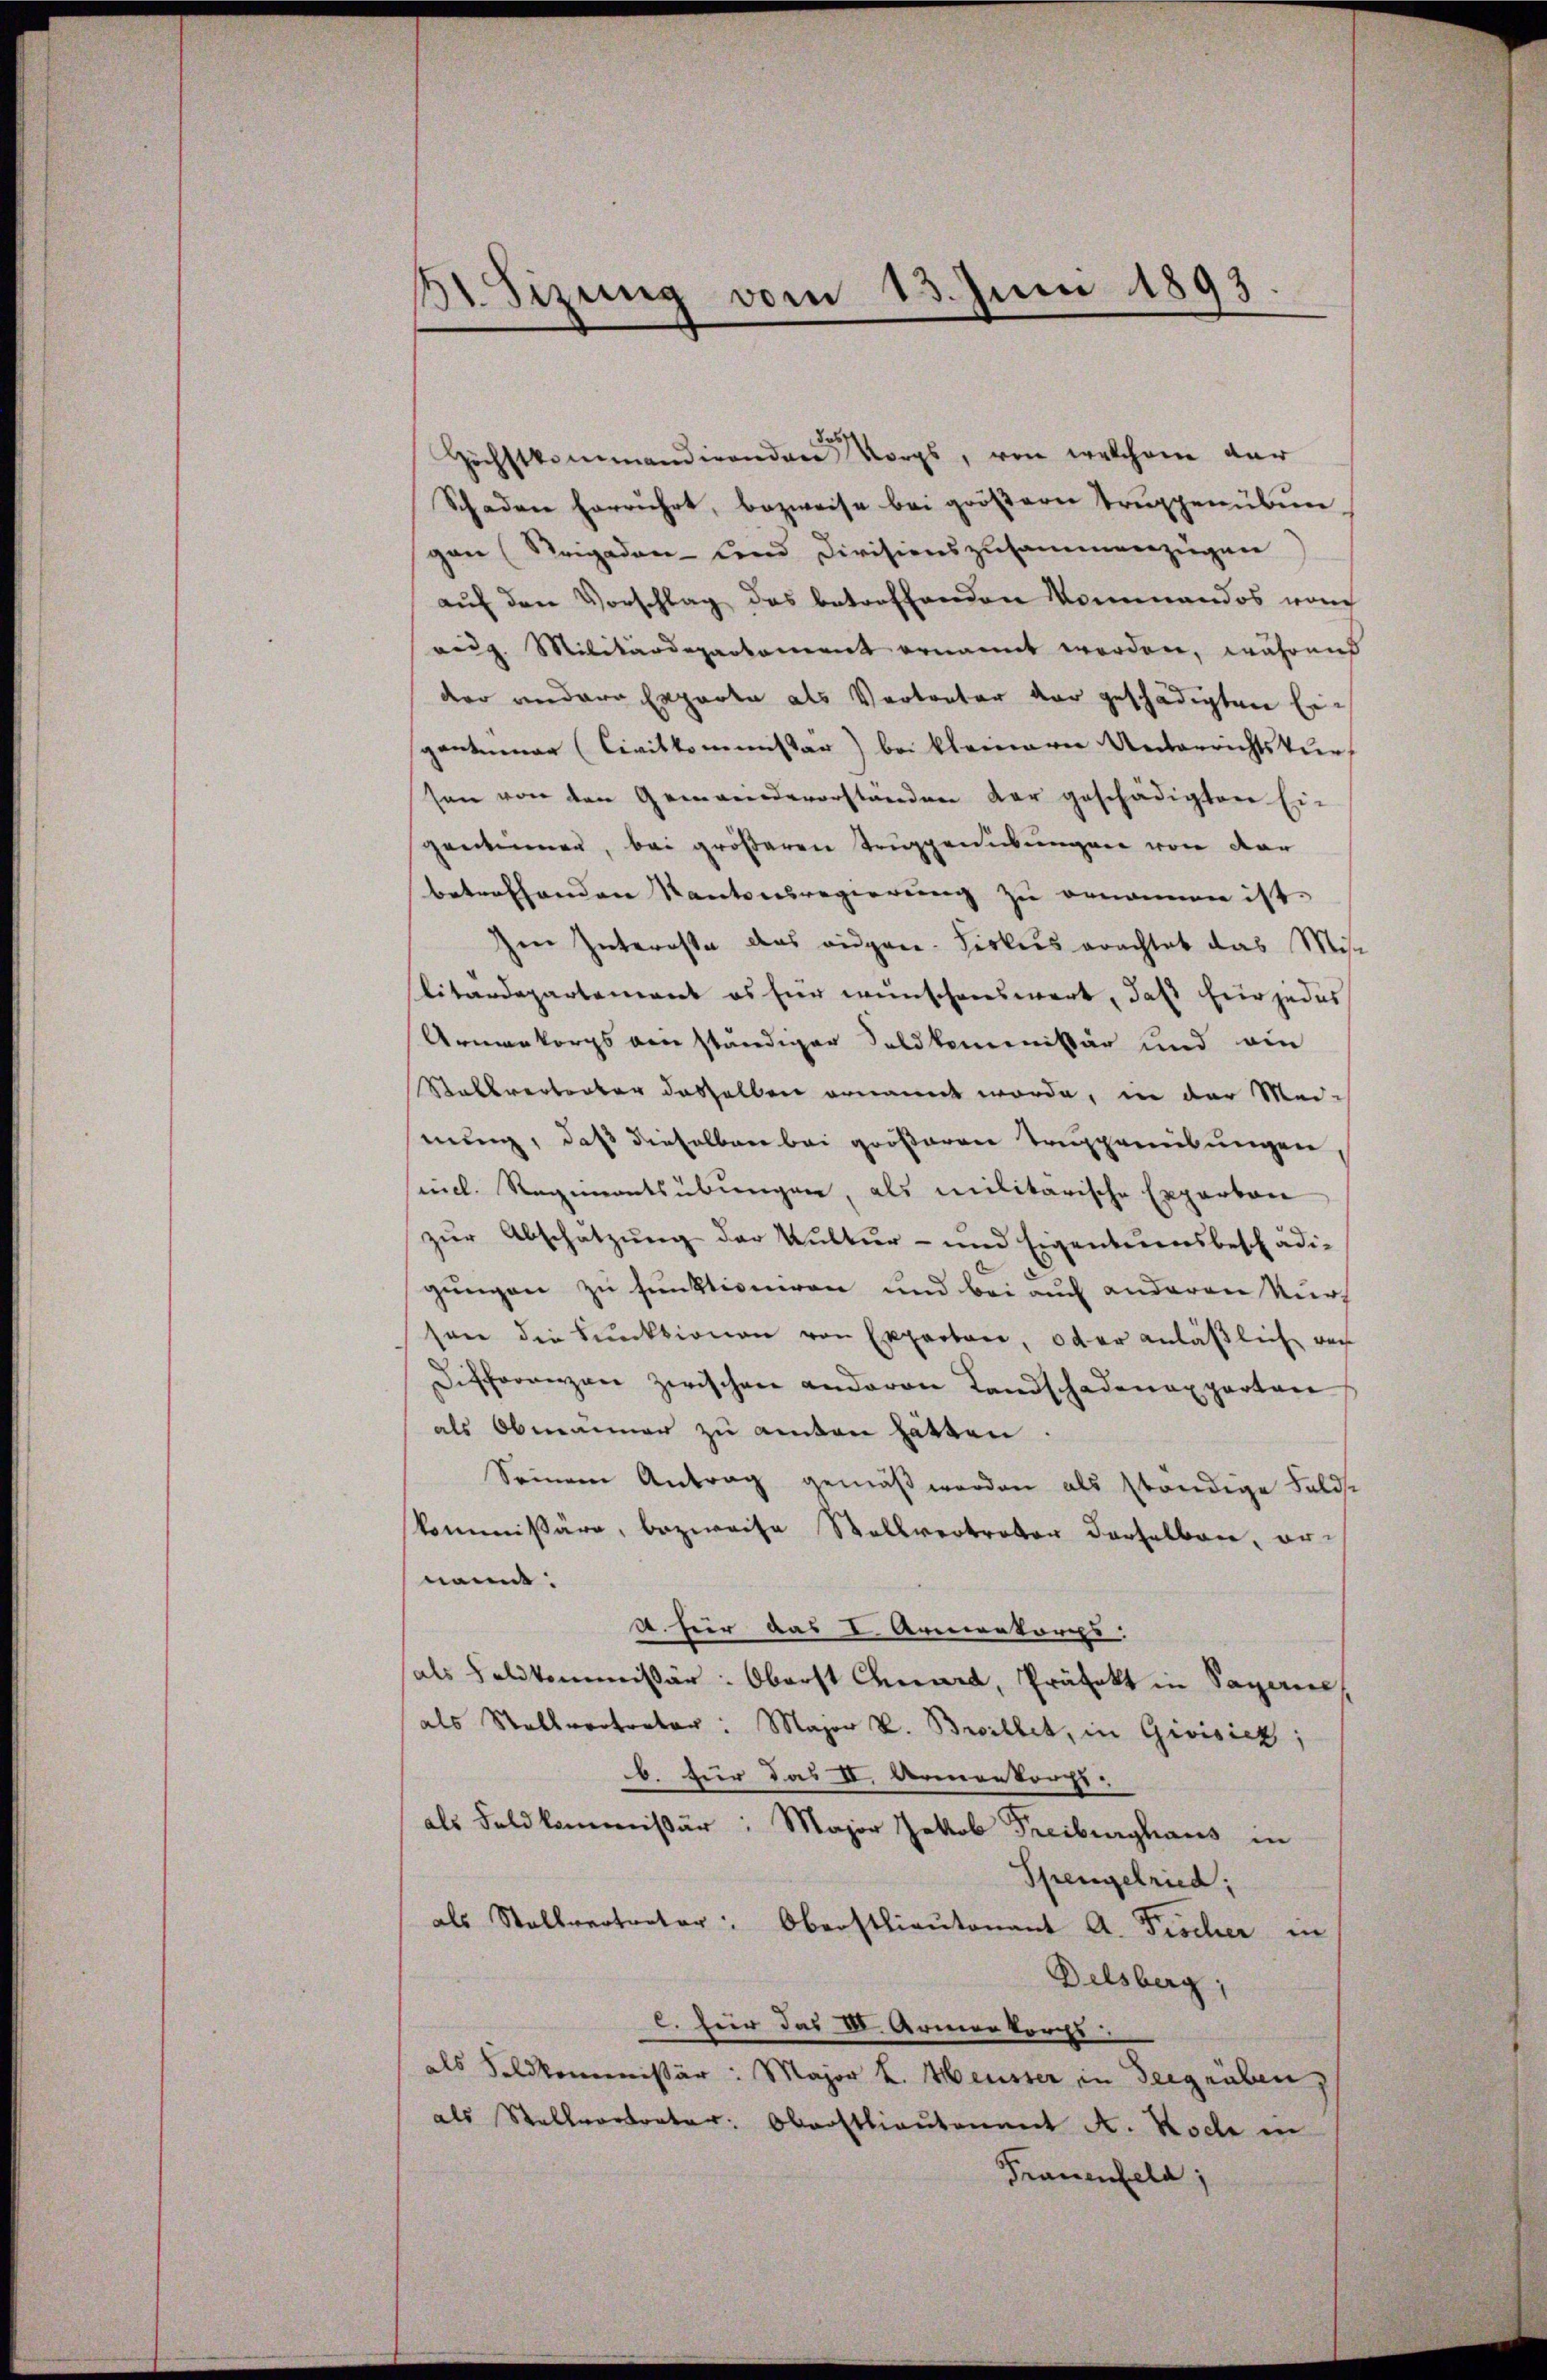
3t. Sizung vom 13. Juni 1893.

8.
Höchstkommandirendere Vorgs, von welchem der
Schaden herrührt, bezweife bei gröβern Trŭppenübun
gan (Reigaden Land Divisionszusammenzügen
auf den Vorschlag des betreffenden Mommandos vom
eig. Militärdepartement ernannt worden, währens
der andere Experte als Vertreter der geschädigten Eigantinuar (Civitkommissär) bei kleinere Unterrichtskurs
sen von den Gemeindevorstanden der geschädigten Ei-
gerkennen, bei größeren Truggenübungen von dar
betreffenden Kantonsregierung zu ornannen ist.
Ien Interesse das eidgen. Fiskus erachtet das Mise
litardepartement es für wünschenswert, daß hier jedes
Armenkorps von ständiger Sold kommissär und ein
Salbvertreter dasselben ernannt worde, in der Mei-
nung, daß dieselben bei größeren Truppreibungen
smel. Regimentsübungen, als militarische Experton
zur Abschätzung der Kultur- und Eigentumsbeschädigungen zu funktioniren und bei auch anderen Kurz
son die Funktionen von Expertoir, oder anläßlich von
Differenzen zwischen anderen Landschadenapparten
als Obmanner zu amten hätten.
Seinem Antrag gemäß werden als ständige Feldse
kommißäre, bezweife Stellvertreter derselbare, ernannt:
A. für das I. Armenkorps:
hals Delikommissär: Oberst Chuard, Präfekt in Sapane,
als Stallvertreter: Major v. Brillet, in Givisick;
b. für das II. Armenkorps.
als Feldkommissär: Major Jakob Freiburghaus in
Spengelried;
als Stallvertreter: Oberstlieutenant A. Fischer in
Delsberg;
C. für das III. Armenkorps:
als Feldkommissär: Major L. Meister in Seegräben,
als Stellvertreter: Oberstlieutenant A. Koche in
Trauenfeld;